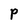
Character: P